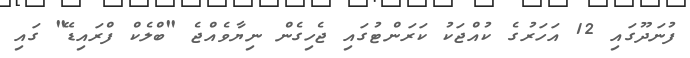
ފުނަދޫގައި 12 އަހަރުގެ ކުއްޖަކު ކަރަންޓުގައި ޖެހިގެން ނިޔާވެއްޖެ "ބްލެކް ފްރައިޑޭ" ގައި